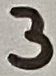
Text: 3